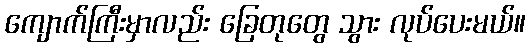
ကျောက်ကြီးမှာလည်း ခြေတုတွေ သွား လုပ်ပေးမယ်။